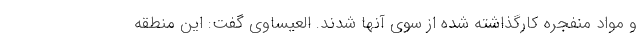
و مواد منفجره کارگذاشته شده از سوی آنها شدند. العیساوی گفت: این منطقه